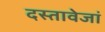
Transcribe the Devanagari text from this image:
दस्तावेजां